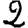
Digit: 2